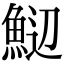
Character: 𬵑